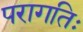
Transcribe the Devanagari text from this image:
परागतिः